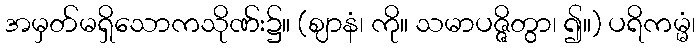
အမှတ်မရှိသောကသိုဏ်း၌။ (ဈာနံ၊ ကို။ သမာပဇ္ဇိတွာ၊ ၍။) ပရိကမ္မံ၊